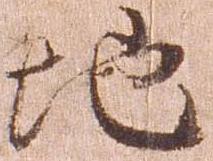
地